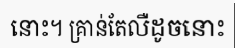
នោះ។ គ្រាន់តែលឺដូចនោះ